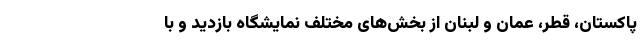
پاکستان، قطر، عمان و لبنان از بخش‌های مختلف نمایشگاه بازدید و با